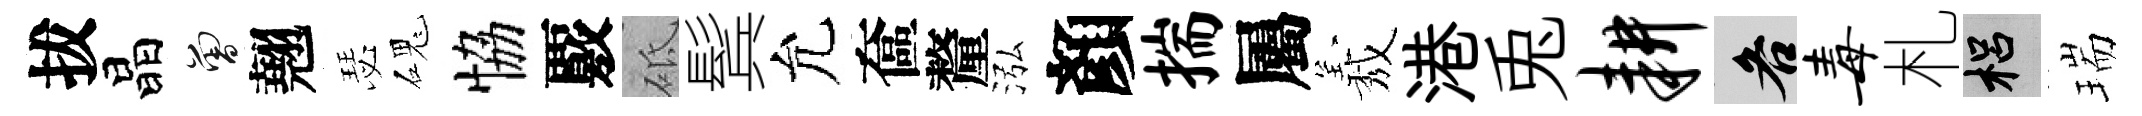
拔晶曾翹瑟磈恊覈砥鬂允奩釐泓顏揣屬𦏁港兎耕各毒札梠瑞